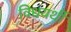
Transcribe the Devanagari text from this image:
विधयर्थी